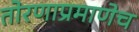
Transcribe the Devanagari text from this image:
तोरणाप्रमाणेच